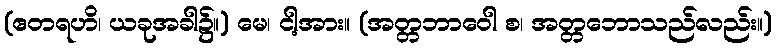
(ဧတရဟိ၊ ယခုအခါ၌။) မေ၊ ငါ့အား။ (အတ္တဘာဝေါ စ၊ အတ္တဘောသည်လည်း။)